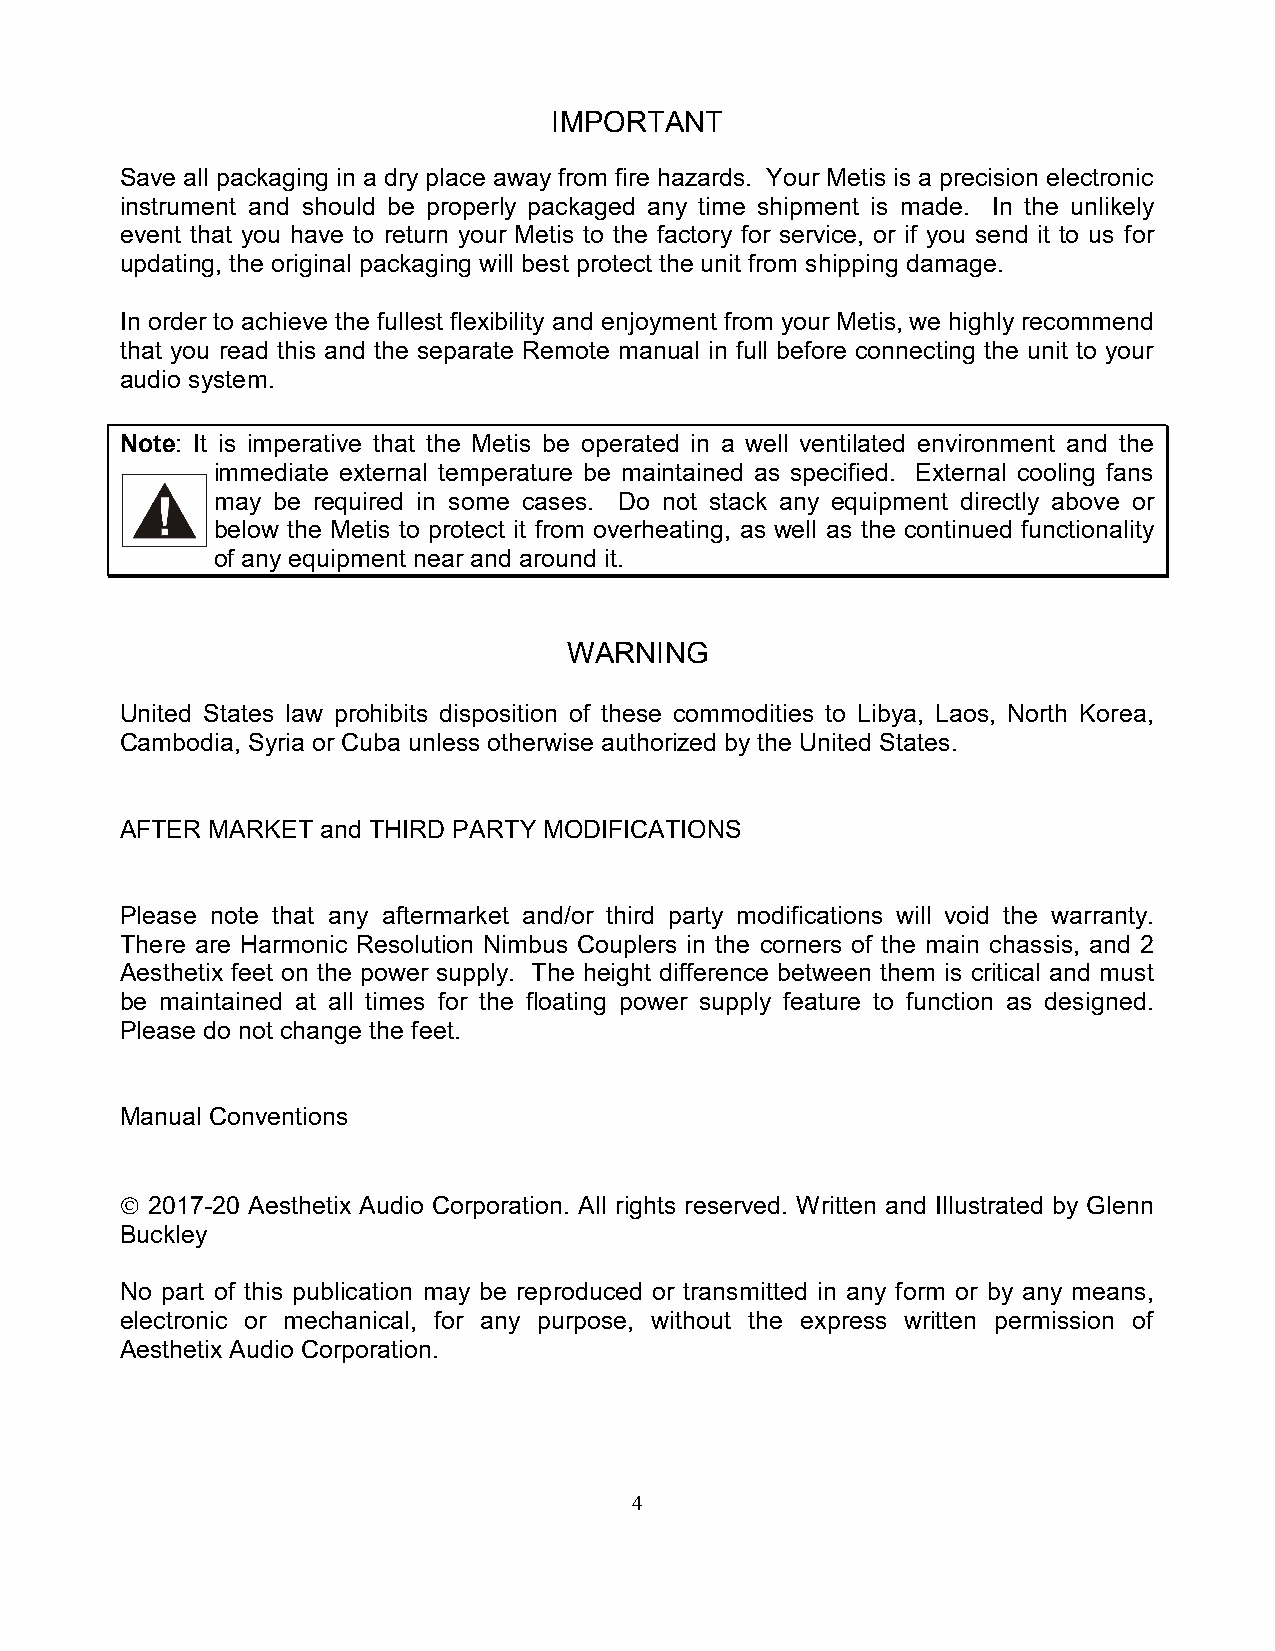
IMPORTANT
 Save all packaging in a dry place away from fire hazards. Your Metis is a precision electronic
 instrument and should be properly packaged any time shipment is made. In the unlikely
 event that you have to return your Metis to the factory for service, or if you send it to us for
 updating, the original packaging will best protect the unit from shipping damage.
 In order to achieve the fullest flexibility and enjoyment from your Metis, we highly recommend
 that you read this and the separate Remote manual in full before connecting the unit to your
 audio system.
 Note: It is imperative that the Metis be operated in a well ventilated environment and the
 immediate external temperature be maintained as specified. External cooling fans
 may be required in some cases. Do not stack any equipment directly above or
 below the Metis to protect it from overheating, as well as the continued functionality
 of any equipment near and around it.
 WARNING
 United States law prohibits disposition of these commodities to Libya, Laos, North Korea,
 Cambodia, Syria or Cuba unless otherwise authorized by the United States.
 AFTER MARKET and THIRD PARTY MODIFICATIONS
 Please note that any aftermarket and/or third party modifications will void the warranty.
 There are Harmonic Resolution Nimbus Couplers in the corners of the main chassis, and 2
 Aesthetix feet on the power supply. The height difference between them is critical and must
 be maintained at all times for the floating power supply feature to function as designed.
 Please do not change the feet.
 Manual Conventions
  2017-20 Aesthetix Audio Corporation. All rights reserved. Written and Illustrated by Glenn
 Buckley
 No part of this publication may be reproduced or transmitted in any form or by any means,
 electronic or mechanical, for any purpose, without the express written permission of
 Aesthetix Audio Corporation.
 4